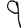
Digit: 9